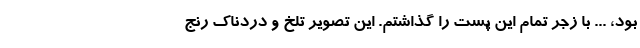
بود، ... با زجر تمام این پست را گذاشتم. این تصویر تلخ و دردناک رنج